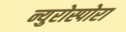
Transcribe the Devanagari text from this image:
न्युरोस्पोरा